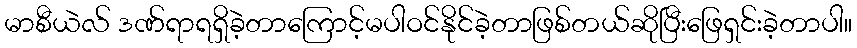
မာစီယဲလ် ဒဏ်ရာရရှိခဲ့တာကြောင့်မပါဝင်နိုင်ခဲ့တာဖြစ်တယ်ဆိုပြီးဖြေရှင်းခဲ့တာပါ။